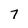
Character: 7